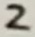
Text: 2